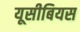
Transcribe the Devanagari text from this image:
यूसीबियस